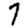
Digit: 7